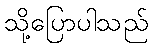
သို့ပြောပါသည်